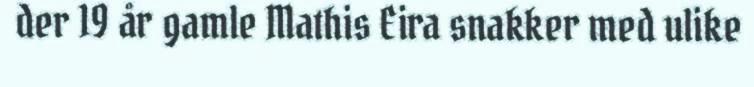
der 19 år gamle Mathis Eira snakker med ulike